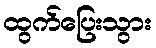
ထွက်ပြေးသွား